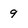
Character: 9